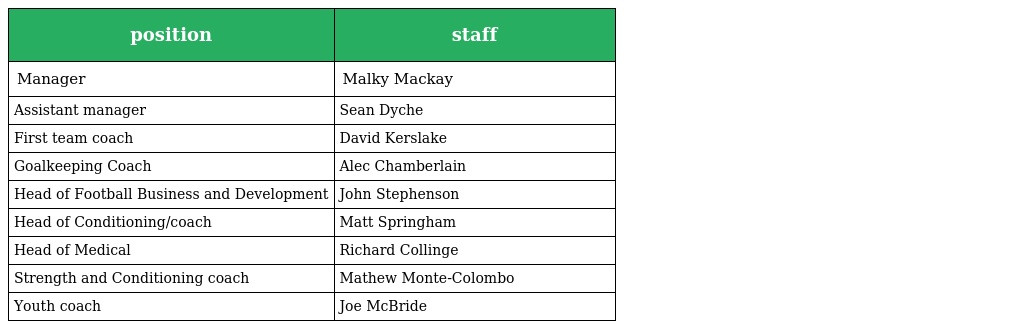
| position | staff |
 | --- | --- |
 | Manager | Malky Mackay |
 | Assistant manager | Sean Dyche |
 | First team coach | David Kerslake |
 | Goalkeeping Coach | Alec Chamberlain |
 | Head of Football Business and Development | John Stephenson |
 | Head of Conditioning/coach | Matt Springham |
 | Head of Medical | Richard Collinge |
 | Strength and Conditioning coach | Mathew Monte-Colombo |
 | Youth coach | Joe McBride |